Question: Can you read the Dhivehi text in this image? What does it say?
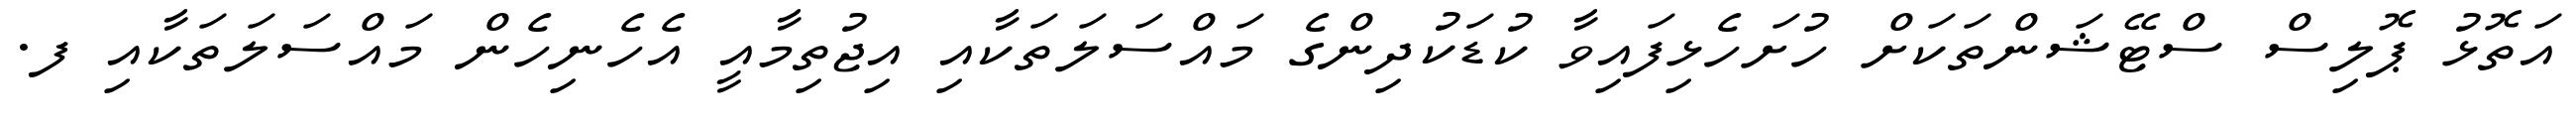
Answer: އަތޮޅު ޕޮލިސް ސްޓޭޝަންތަކަށް ހުށަހެޅިފައިވާ ކުޑަކުދިންގެ މައްސަލަތަކާއި އިޖުތިމާއީ އެހެނިހެން މައްސަލަތަކާއި ފ.